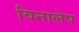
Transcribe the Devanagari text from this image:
विनालेप